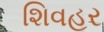
શિવહર